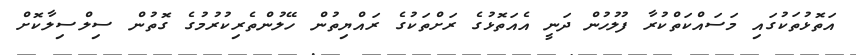
އަތޮޅުތަކުގައި މަސައްކަތްކުރާ ފުލުހުން ދަނީ އެއަތޮޅުގެ ރަށްތަކުގެ ރައްޔިތުން ހޭލުންތެރިކުރުމުގެ ގޮތުން ސިލްސިލާކޮށް